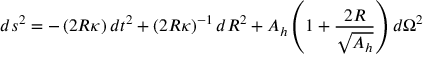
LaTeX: d s ^ { 2 } = - \left( { 2 R \kappa } \right) d t ^ { 2 } + \left( 2 R \kappa \right) ^ { - 1 } d R ^ { 2 } + A _ { h } \left( 1 + { \frac { 2 R } { \sqrt { A _ { h } } } } \right) d \Omega ^ { 2 }